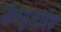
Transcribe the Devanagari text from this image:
सेल्युलॉईड